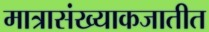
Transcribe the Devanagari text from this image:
मात्रासंख्याकजातीत